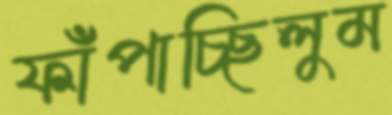
ফাঁপাচ্ছিলুম